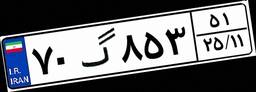
۷۰گ۸۵۳۵۱